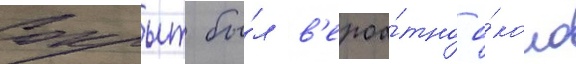
Сокрыт бы́л в'ероа́тно о́коло